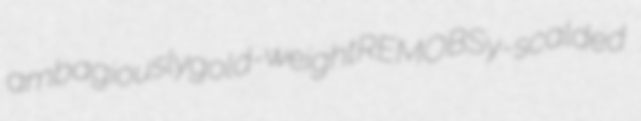
ambagiously gold-weight REMOBS y-scalded